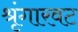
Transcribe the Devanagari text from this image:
श्रृंगारवट